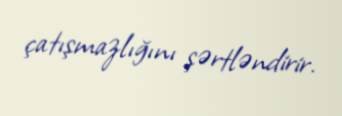
çatışmazlığını şərtləndirir.